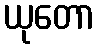
ယုတော